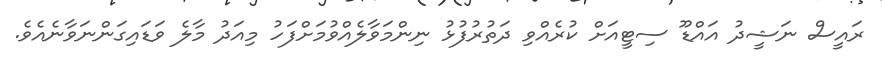
ރައީސް ނަޝީދު އައްޑޫ ސިޓީއަށް ކުރެއްވި ދަތުރުފުޅު ނިންމަވާލެއްވުމަށްފަހު މިއަދު މާލެ ވަޑައިގަންނަވާނެއެވެ.